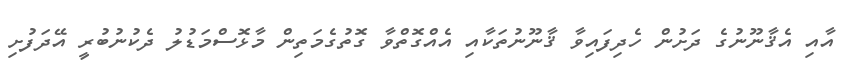
އާއި އެޤާނޫނުގެ ދަށުން ހެދިފައިވާ ޤާނޫނުތަކާއި އެއްގޮތްވާ ގޮތުގެމަތިން މާޅޮސްމަޑުލު ދެކުނުބުރީ އޭދަފުށި